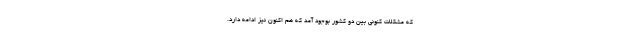
که مشکلات کنونی بین دو کشور بوجود آمد که هم اکنون نیز ادامه دارد.